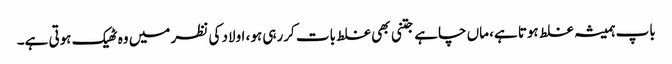
باپ ہمیشہ غلط ہوتا ہے، ماں چاہے جتنی بھی غلط بات کررہی ہو، اولاد کی نظر میں وہ ٹھیک ہوتی ہے۔